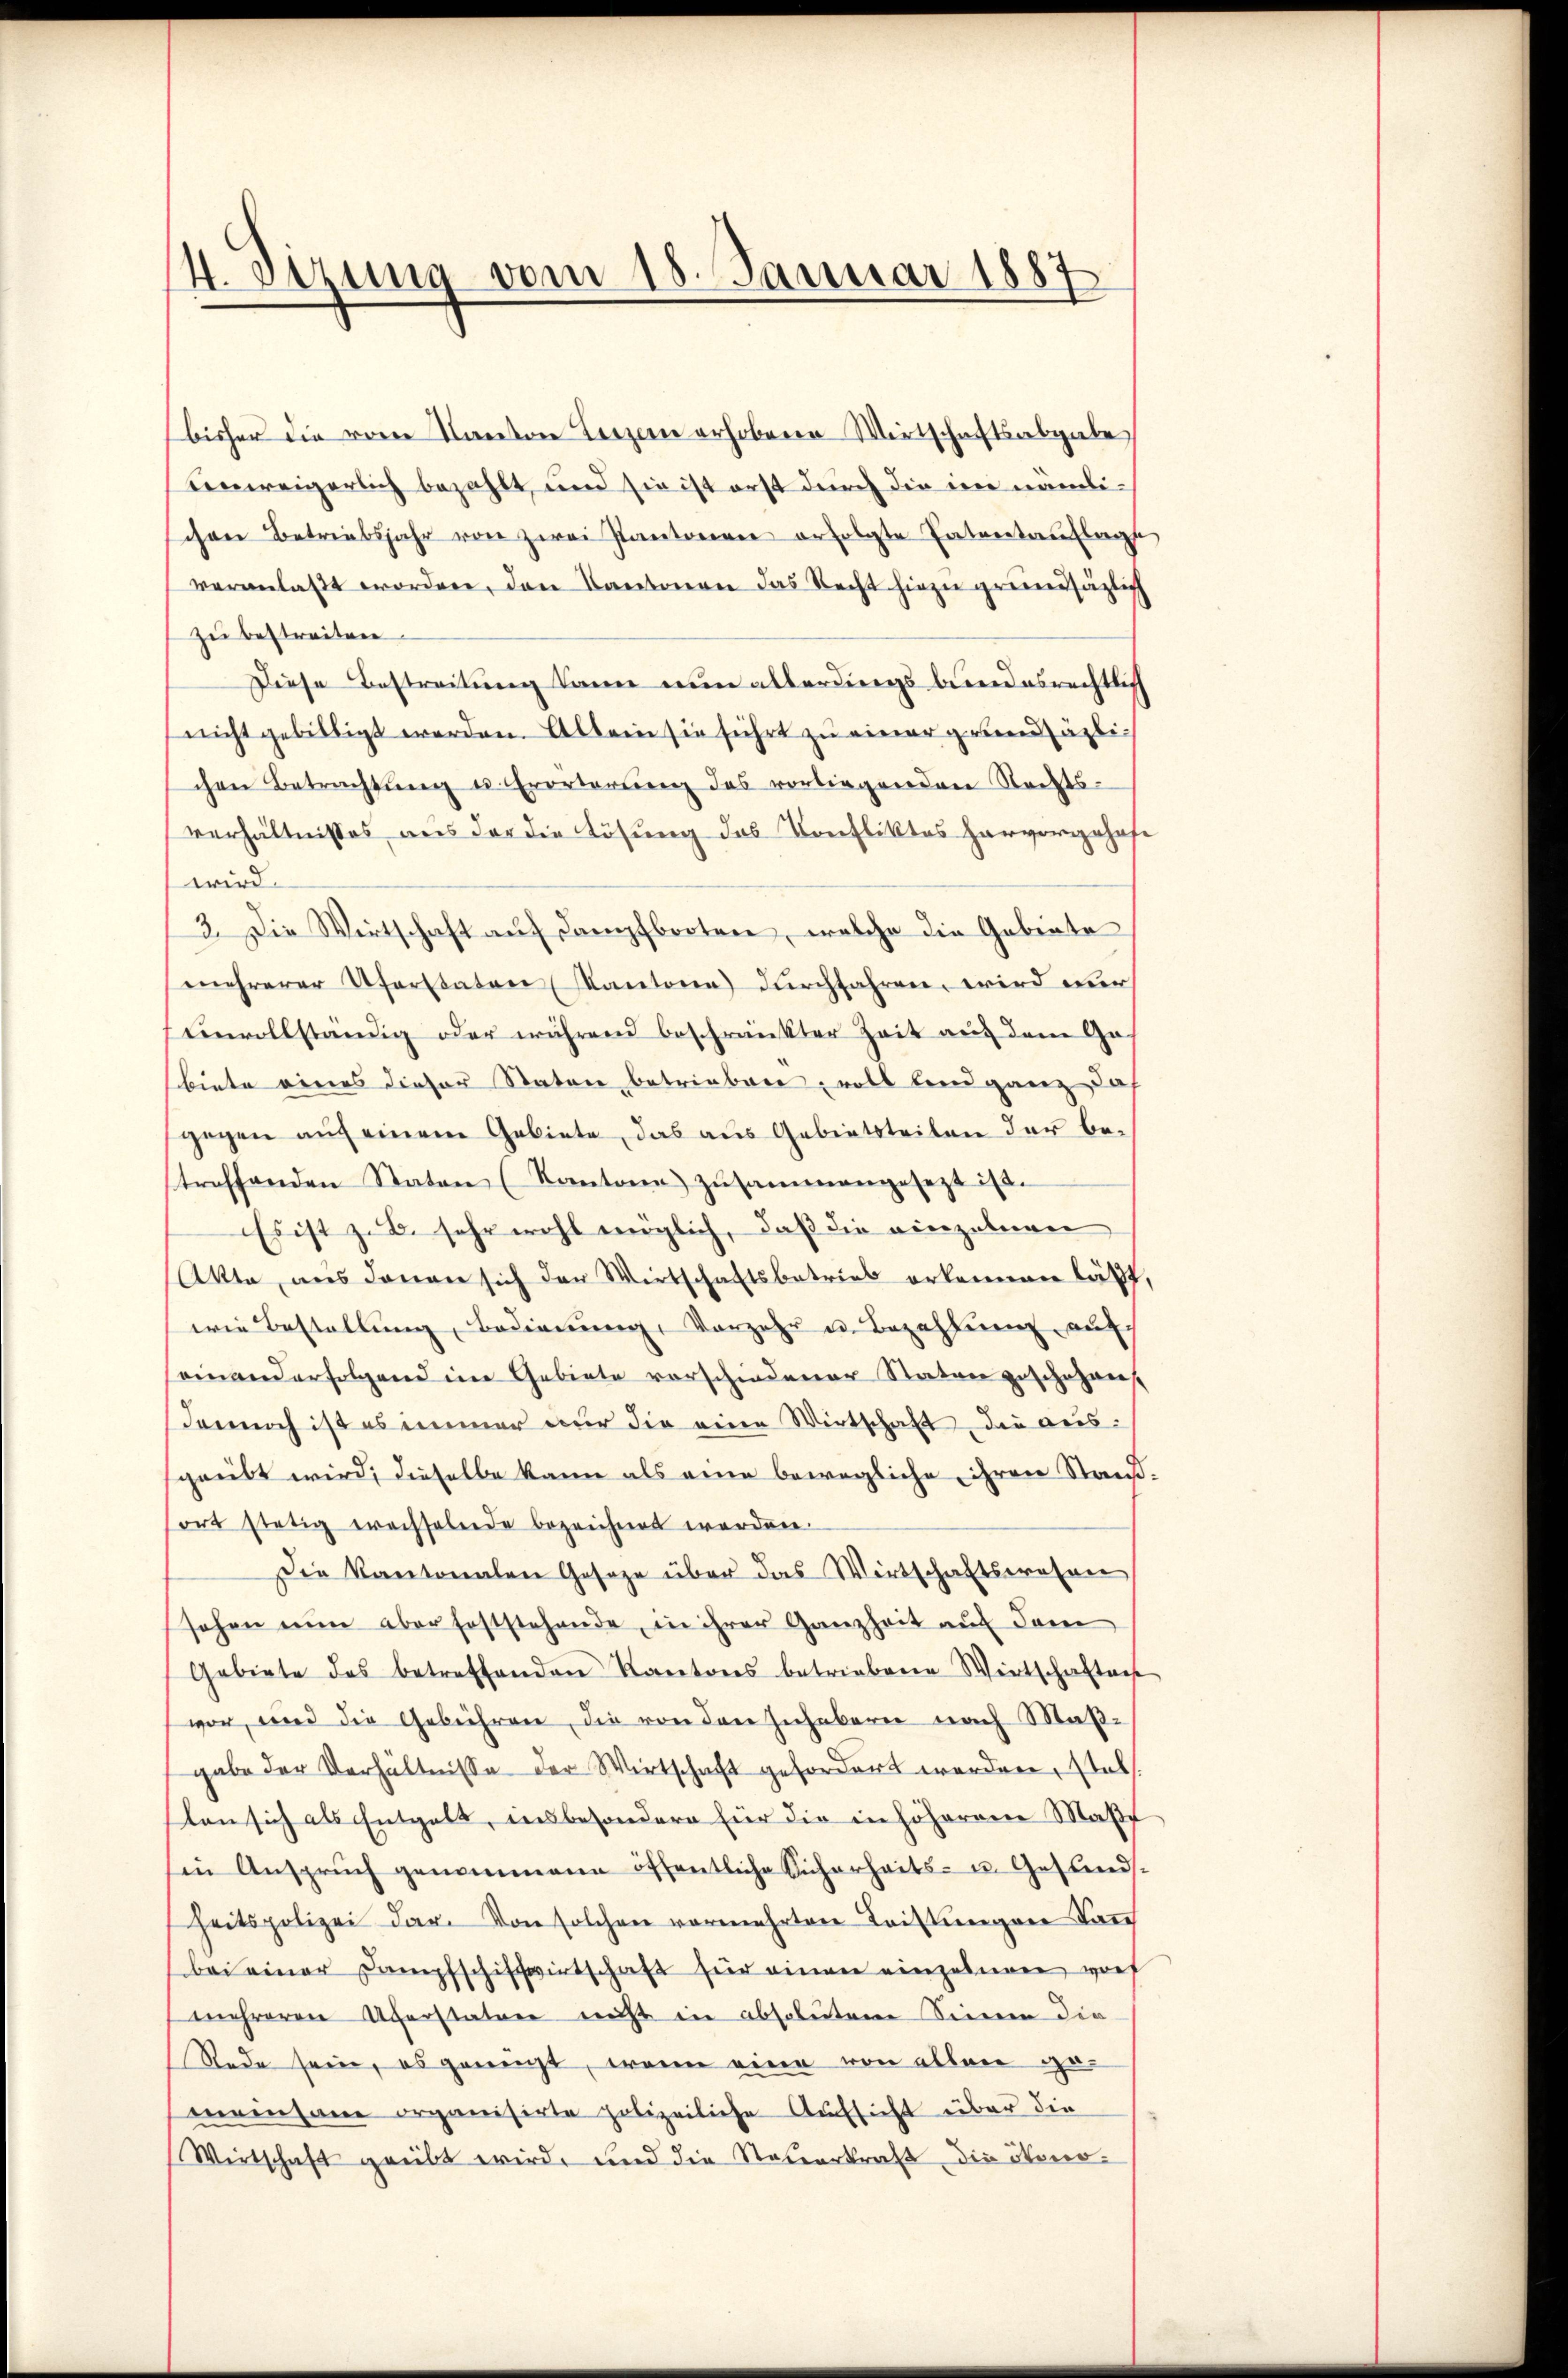
4. Setzung vom 15. Januar 1887

bisher die vom Kanton Luzern erhobene Wirtschaftsabgabe
einweigerlich bezahlt, und sie ist erst durch die im nämlichen Betriebsjahr von zwei Kantonen erfolgte Entertauflage
veranlaßt worden, den Kantonen das Recht hiezu grundsäglich
zu bestreiten.
Diese Bestreitung kann nun allerdings bundesrechtlich
nicht gebilligt werden. Allein sie führt zu einer grundsäzlichen Betrachtŭng u. Erörterŭng des vorliegenden Nachts-
verhältnisses aus der die Lösung das Konfliktes hervorgehof
wird.
3. Die Wirtschaft auf Dampfbooten, welche die Gebiete
mehrerer Uferstaten Kantone durchfahren wird nur
vinvollständig oder während beschränkter Zeit auf dem Ge-
biete eines dieser Staten betrieben voll land ganz das
gegen auf einem Gebiete, das aus Gebietsteilen der betreffenden Staten (Kantone zusammengesezt ist.
Es ist z. B. sehr wohl möglich, daß die einzelnen
Akte, aus denen sich der Wirtschaftsbetrieb erkennen läßt
wie Bestellung Bedienung, Vorzehr u. Bezahlung auf
einanderfolgend ein Gebiete vorschiedener Staten geschehen.
dennoch ist es immer nur die eine Wirtschaft die ausgeübt wird; dieselbe kann als eine bewegliche ihren Stand
ort stetig erachselende bezeichnet werden.
Die Kantonalen Geseze über das Wirtschaftswohner
sehen nŭn aber feststehende, in ihrer Ganzheit auf Sam
Gebiete des betreffenden Kantons betriebene Wirtschaften
von, und die Gebühren, die von den Inhabern nach Maßgabe der Verhältnisse der Wirtschaft gefordert worden, stab.
ton sich als Entgelt, insbesondere für die in höherem Maße
sin Anspruch genommene öffentliche Sicherheits- u. Gesundsheitspolizei dar. Von solchen vermehrtere Leistungen Tage
bei einer Dampfschiffwirtschaft für einen einzelnen worf
mehreren Uferstatuer nicht in absolutem Sinnen die
Rede sein, es genügt, wenn eine von allen gemrensame organisirte polizeiliche Aufsicht über die
Wirtschaft geübt wird, und die Neuerkraft die ökono¬